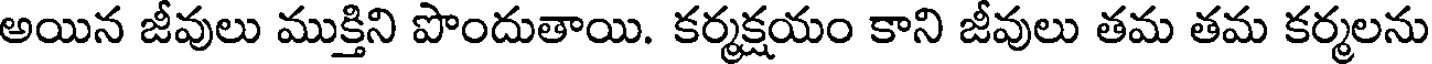
అయిన జీవులు ముక్తిని పొందుతాయి. కర్మక్షయం కాని జీవులు తమ తమ కర్మలను